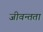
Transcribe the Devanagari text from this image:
जीवन्‍तता